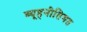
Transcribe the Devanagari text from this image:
व्यूहनीतिगत